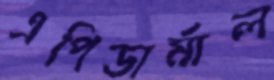
এপিডার্মাল